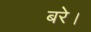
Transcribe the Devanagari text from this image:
बरे।